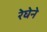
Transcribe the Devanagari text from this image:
रेघेने